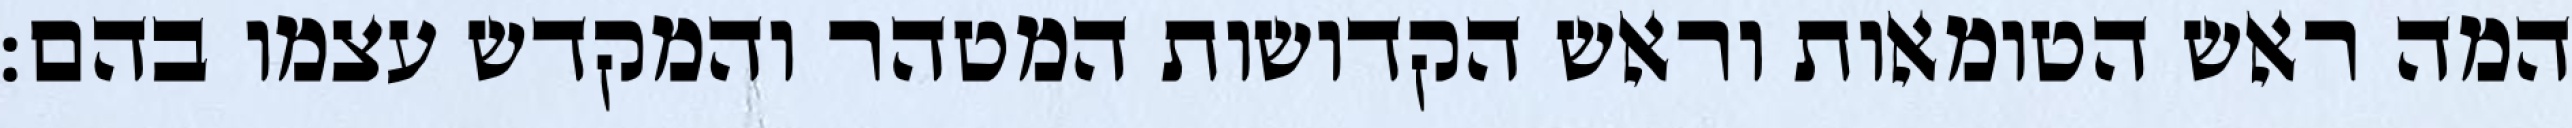
המה ראש הטומאות וראש הקדושות המטהר והמקדש עצמו בהם: